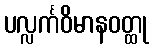
ပလ္လင်္ကဝိမာနဝတ္ထု